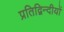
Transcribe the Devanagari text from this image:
प्रतिद्विन्दीयों